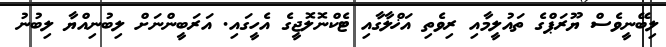
ލިބޭނީވެސް ޔޫރަޕްގެ ތައުލީމާއި ރިވެތި އަޚްލާގާއި ޓެކްނޮލޮޖީގެ އެހީގައި. އަރަބީންނަށް ލިބުނިއްޔާ ލިބުނު